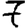
Digit: 7